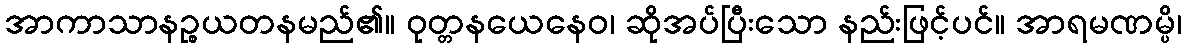
အာကာသာနဉ္စယတနမည်၏။ ဝုတ္တနယေနေဝ၊ ဆိုအပ်ပြီးသော နည်းဖြင့်ပင်။ အာရမဏမ္ပိ၊